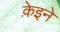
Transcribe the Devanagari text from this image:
केइने